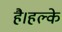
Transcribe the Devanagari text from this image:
है।हल्के